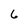
Character: 6